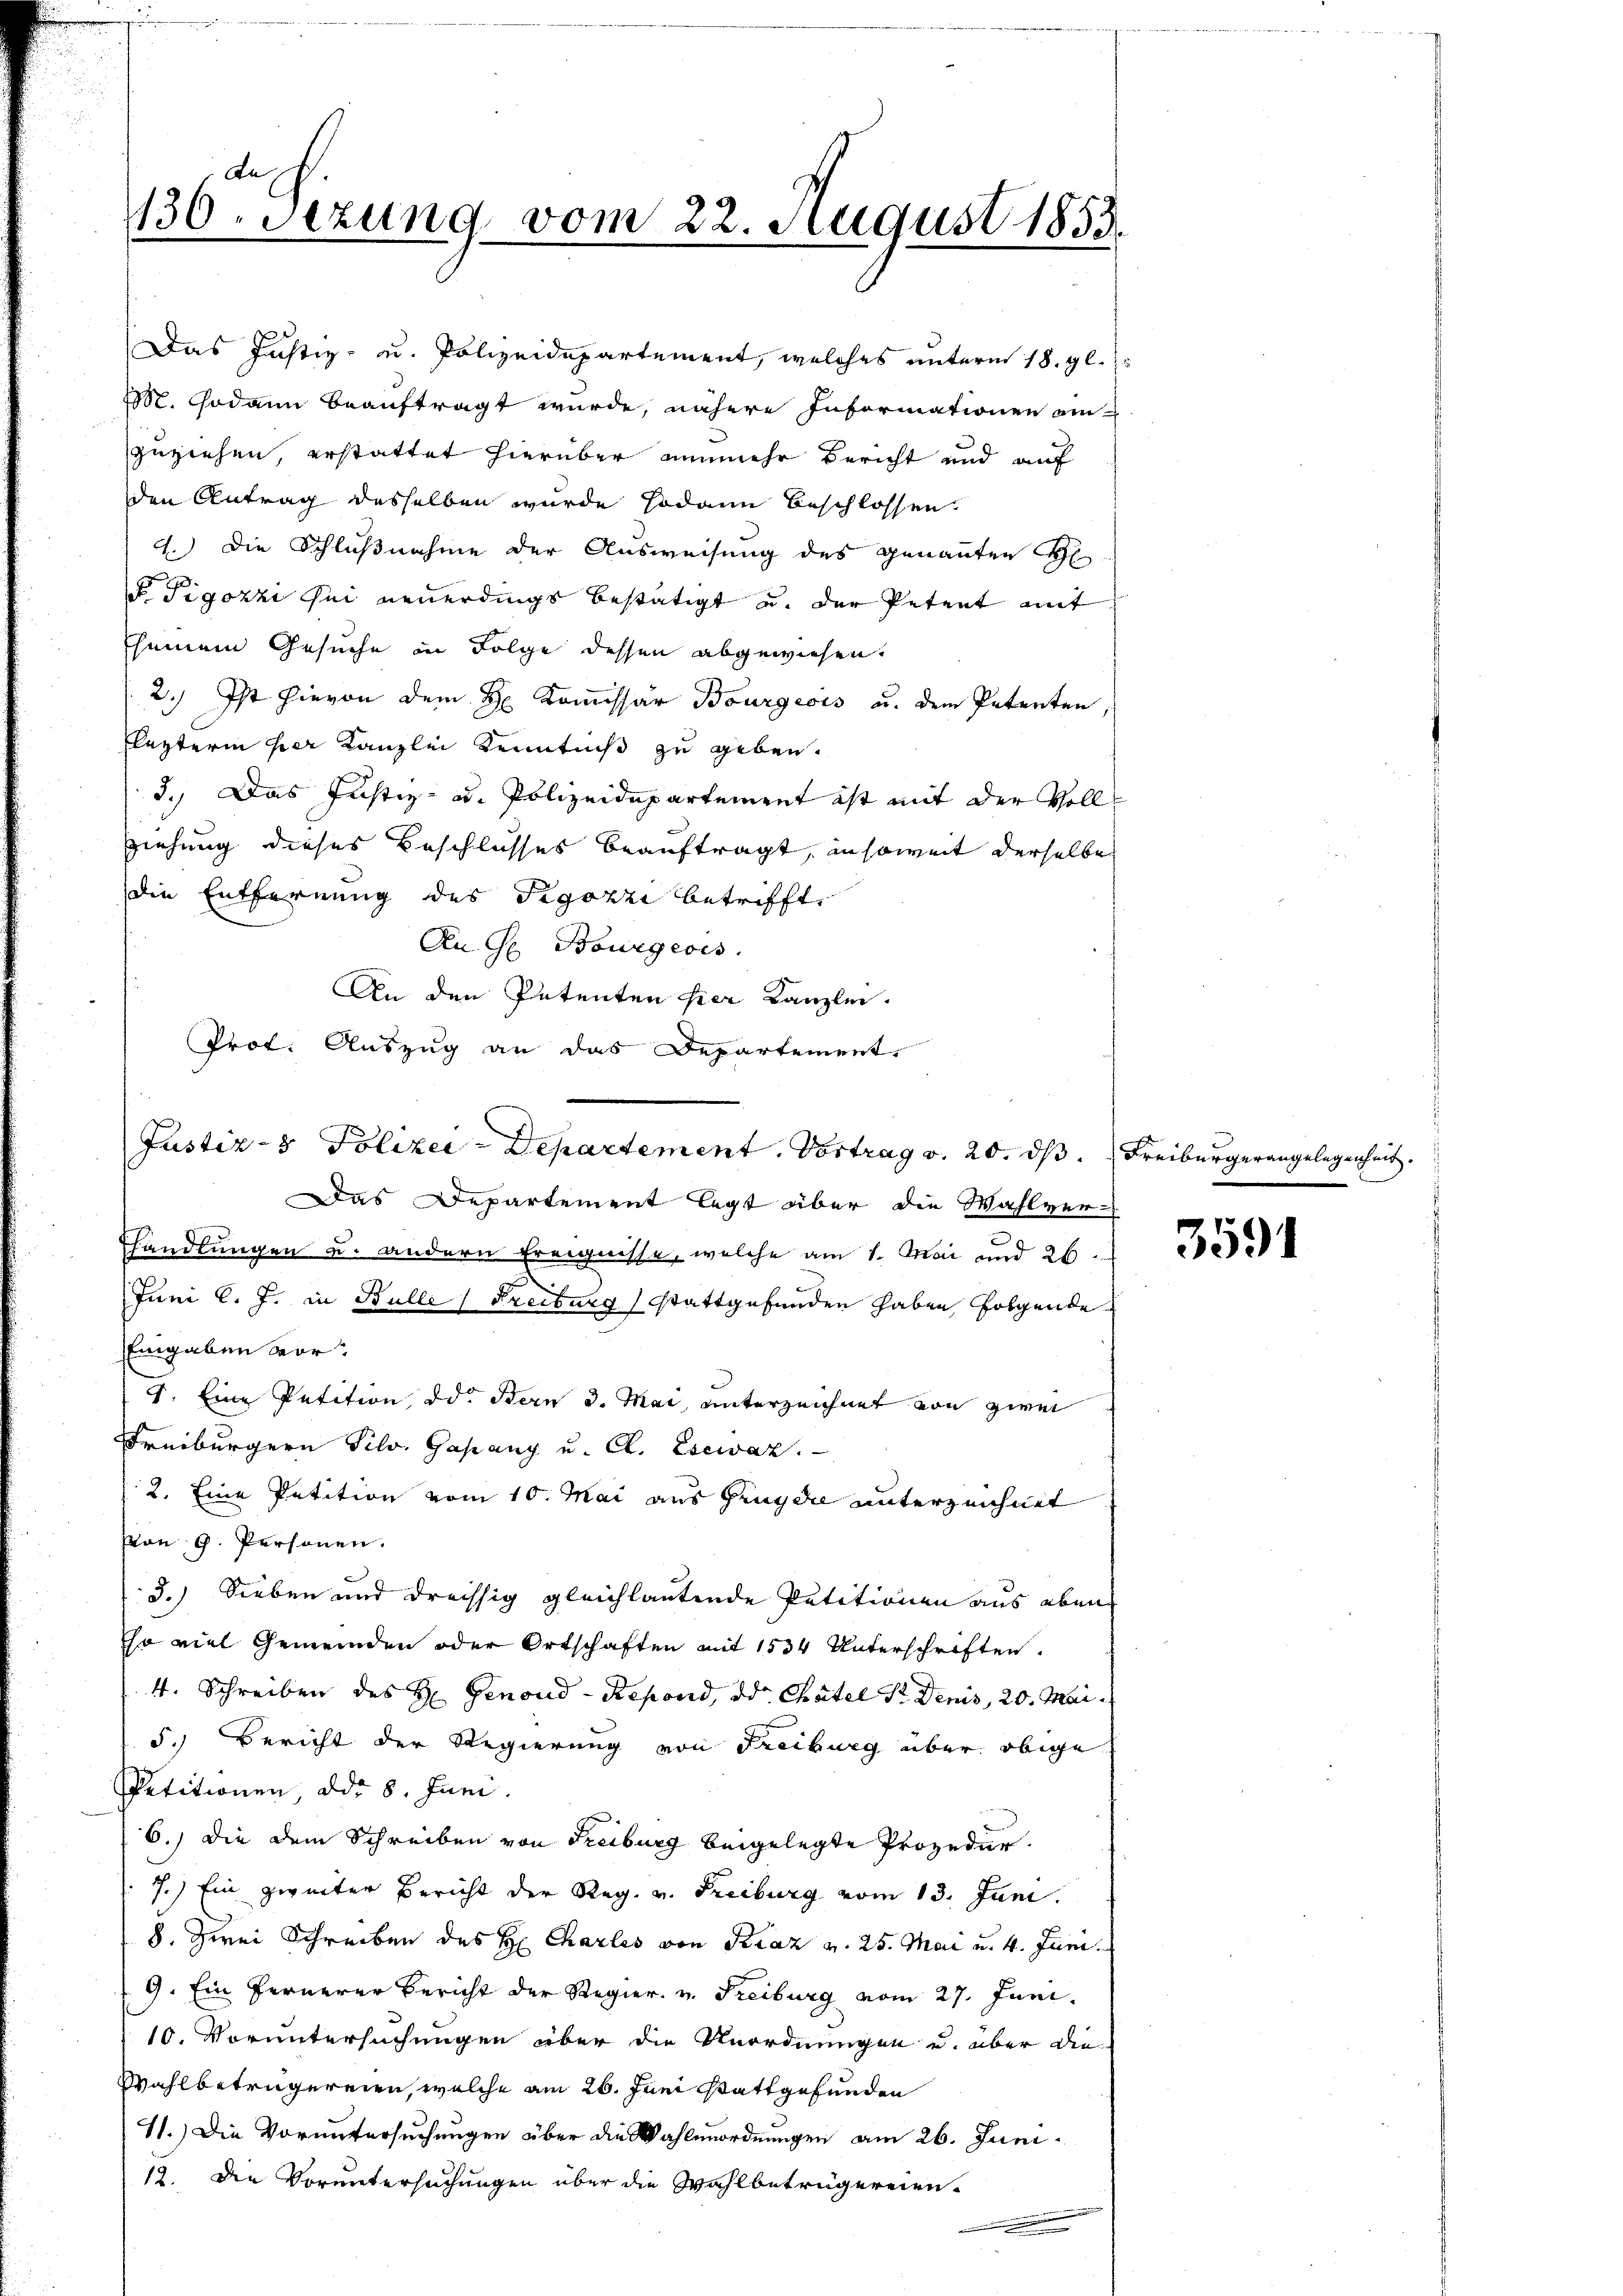
A.
136. Sizung vom 22. August 1855.

die Entfernung des Figozzi betrifft,
An G. Bourgeois.
An den Petenten hier Kanzlei.
Prof. Auszug an das Departement.
Justiz- & Polizei-Departement. Vortrag v. 20. ds. Freiburgerangelegenheit.
Das Departement legt über die Wahlver-
Ehandlungen u. andern Ereignisse, welche am 1. Mai und 26.
Juni l. J. in Bulle Freiburg stattgefunden haben, folgende
Eingaben vor.
4. Eine Petition, od. Bern 3. Mai, unterzeichnet von zwei
Freiburgern Silv. Gapany u. Cl. Esewaz.
2. Eine Petition vom 10. Mai aus Gruydi unterzeichnet
von G. Personen.
3.) Sieben und dreissig gleichlautende Petitionen aus eben
ihr viel Gemeinden oder Ortschaften mit 1534 Unterschriften.
4. Schreiben des H. Genoud - Repond, de Chatel der Denis, 20. Mai
5.) Bericht der Regierung von Freiburg über obige
Petitionen, ddr 8. Juni.
6.) Die dem Schreiben von Freiburg beigelegte Prozedur.
7.) Ein zweiter Bericht der Reg. v. Freiburg vom 13. Juni.
8. Zwei Schreiben des H. Charleis von Kraz v. 25. Mai u. 4. Juni.
9. Ein fernerer Bericht der Regier. v. Freiburg vom 27. Juni.
10. Voruntersuchungen über die Unordnungen u. über die
Wahlbetrügereien, welche am 26. Juni stattgefunden
11.) Die Voruntersuchungen über die Wahlenordnungen am 26. Juni.
12. Die Voruntersuchungen über die Wahlbeträgereien.

Das Justiz- u. Polizeidepartement, welches unterm 18. gl.
M. Godann beauftragt wurde, nähere Informationen ein-
zuziehen, erstattet hierüber nunmehr bericht und auf
den Antrag desselben wurde sodann beschlossen.
4.) Die Schlußnahme der Ausweisung des genannten H
F Tigozzi sei neuerdings bestätigt u. der Petent mit
seinem Gesuche in Folge dessen abgewiesen.
2.) Ist hievon dem H: Kommissär Bourgeois u. dem Petenten,
Flatterin her Kanzlei Kenntniß zu geben.
3.) Das Justiz- u. Polizeidepartement ist mit der Vollziehung dieses Beschlusses beauftragt, insoweit derselbe

3591